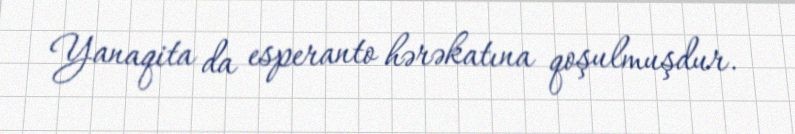
Yanaqita da esperanto hərəkatına qoşulmuşdur.